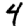
Digit: 4